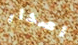
اصدار